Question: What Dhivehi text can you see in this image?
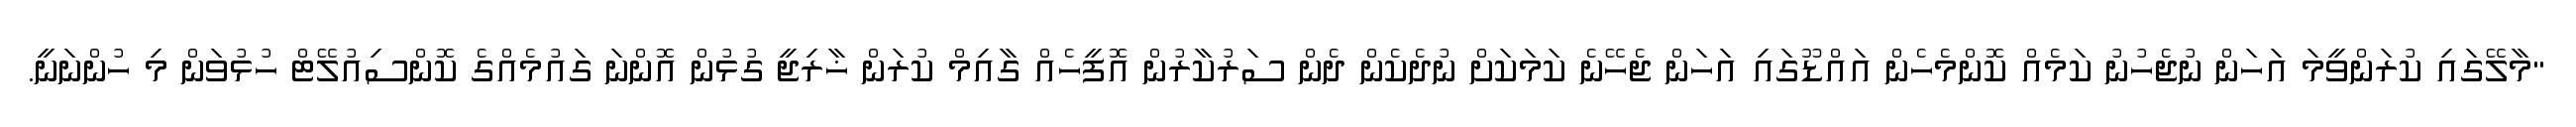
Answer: "މާލޭގައި ކުރަންވީމަ އަހަން ނުޖެހުނު ކަމެއް ކޮންމެހެން އައްޑޫގައި އަހަން ޖެހޭނެ ކަމަކަށް ނުދެކެން ދެން ސަރުކާރުން އޮފީހެއް ގާއިމް ކުރަން ޚާރިޖީ ގުޅުން އޮންނަ ގައުމެއްގެ ކޮންސިއުލޭޓް ހުޅުވަން މި ހުންނަނީ.